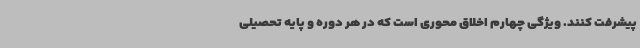
پیشرفت کنند. ویژگی چهارم اخلاق محوری است که در هر دوره و پایه تحصیلی